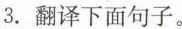
3.翻译下面句子。